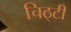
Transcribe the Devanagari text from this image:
चिठ्टी